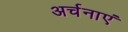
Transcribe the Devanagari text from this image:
अर्चनाएं